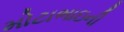
મોટાભાઇની